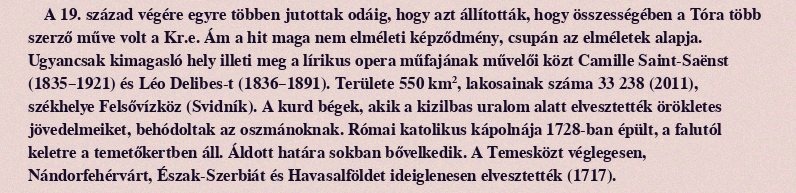
A 19. század végére egyre többen jutottak odáig, hogy azt állították, hogy összességében a Tóra több szerző műve volt a Kr.e. Ám a hit maga nem elméleti képződmény, csupán az elméletek alapja. Ugyancsak kimagasló hely illeti meg a lírikus opera műfajának művelői közt Camille Saint-Saënst (1835–1921) és Léo Delibes-t (1836–1891). Területe 550 km², lakosainak száma 33 238 (2011), székhelye Felsővízköz (Svidník). A kurd bégek, akik a kizilbas uralom alatt elvesztették örökletes jövedelmeiket, behódoltak az oszmánoknak. Római katolikus kápolnája 1728-ban épült, a falutól keletre a temetőkertben áll. Áldott határa sokban bővelkedik. A Temesközt véglegesen, Nándorfehérvárt, Észak-Szerbiát és Havasalföldet ideiglenesen elvesztették (1717).